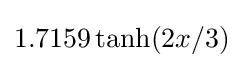
1.7159\tanh(2x/3)